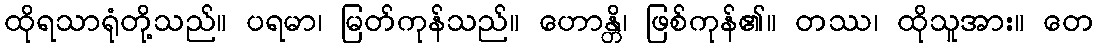
ထိုရသာရုံတို့သည်။ ပရမာ၊ မြတ်ကုန်သည်။ ဟောန္တိ၊ ဖြစ်ကုန်၏။ တဿ၊ ထိုသူအား။ တေ